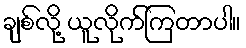
ချစ်လို့ ယူလိုက်ကြတာပါ။